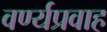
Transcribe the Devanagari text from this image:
वर्ण्यप्रवाह